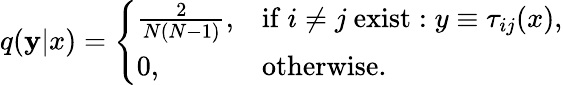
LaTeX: q(\mathbf{y}|x)=\left\{ \begin{array}{ll}{\frac{2}{N(N-1)},}&{\mathrm{if}~i\neq j~\mathrm{exist}:y\equiv\tau_{ij}(x),}\\ {0,}&{\mathrm{otherwise}.}\end{array}\right.